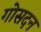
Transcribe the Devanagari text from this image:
गोसदन